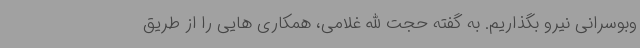
وبوسرانی نیرو بگذاریم. به گفته حجت الله غلامی، همکاری هایی را از طریق